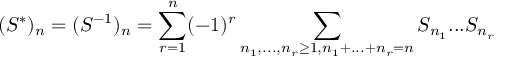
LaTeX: ( S ^ { * } ) _ { n } = ( S ^ { - 1 } ) _ { n } = \sum _ { r = 1 } ^ { n } ( - 1 ) ^ { r } \sum _ { n _ { 1 } , . . . , n _ { r } \geq 1 , n _ { 1 } + . . . + n _ { r } = n } S _ { n _ { 1 } } . . . S _ { n _ { r } }